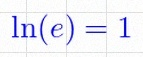
\ln(e)=1